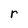
Character: r